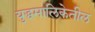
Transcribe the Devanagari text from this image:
युद्धमालिकेतील